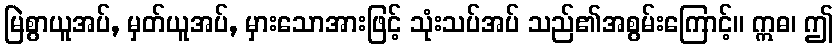
မြဲစွာယူအပ်, မှတ်ယူအပ်, မှားသောအားဖြင့် သုံးသပ်အပ် သည်၏အစွမ်းကြောင့်။ ဣဓ၊ ဤ